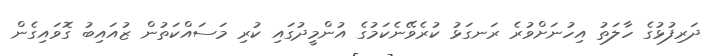
ދަރިފުޅުގެ ހާލަތު އިހުނަށްވުރެ ރަނގަޅު ކުރެވޭނެކަމުގެ އުންމީދުގައި ކުރި މަސައްކަތުން ޒުއައިބު ގޮވައިގެން